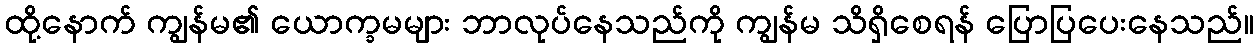
ထို့နောက် ကျွန်မ၏ ယောက္ခမများ ဘာလုပ်နေသည်ကို ကျွန်မ သိရှိစေရန် ပြောပြပေးနေသည်။